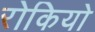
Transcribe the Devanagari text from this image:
रोकियो